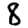
Digit: 8